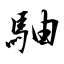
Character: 駎